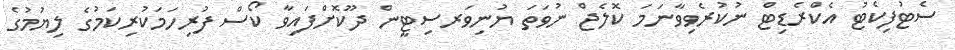
ސެޓުފިކެޓު އެކްރެޑިޓް ނުކުރެވިވާނަމަ ކޮލެޖް ނުވަތަ ޔުނިވަރސިޓީން ދޫކޮށްފައިވާ ކޯސް ފުރިހަމަކުރިކަމުގެ ލިޔުމުގެ